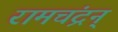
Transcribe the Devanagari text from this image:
रामचंद्रन्‌